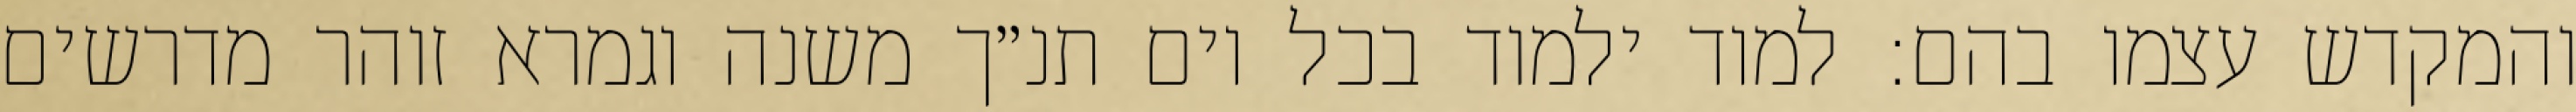
והמקדש עצמו בהם: למוד ילמוד בכל יום תנ״ך משנה וגמרא זוהר מדרשים